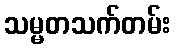
သမ္မတသက်တမ်း